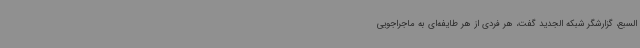
السبع، گزارشگر شبکه الجدید گفت، هر فردی از هر طایفه‌ای به ماجراجویی